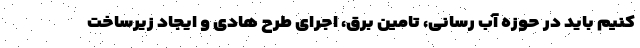
کنیم باید در حوزه آب رسانی، تامین برق، اجرای طرح هادی و ایجاد زیرساخت